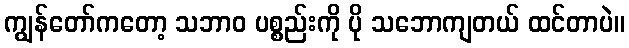
ကျွန်တော်ကတော့ သဘာဝ ပစ္စည်းကို ပို သဘောကျတယ် ထင်တာပဲ။